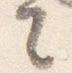
言